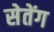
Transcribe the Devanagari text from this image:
सेतेंग